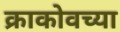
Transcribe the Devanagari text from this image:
क्राकोवच्या